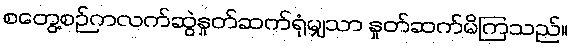
စတွေ့စဉ်ကလက်ဆွဲနှုတ်ဆက်ရုံမျှသာ နှုတ်ဆက်မိကြသည်။